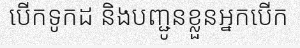
បើកទូកដ និងបញ្ជូនខ្លួនអ្នកបើក